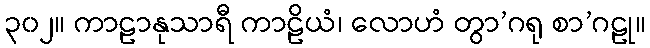
၃၀၂။ ကာဠာနုသာရီ ကာဠိယံ၊ လောဟံ တွာ’ဂရု စာ’ဂဠု။